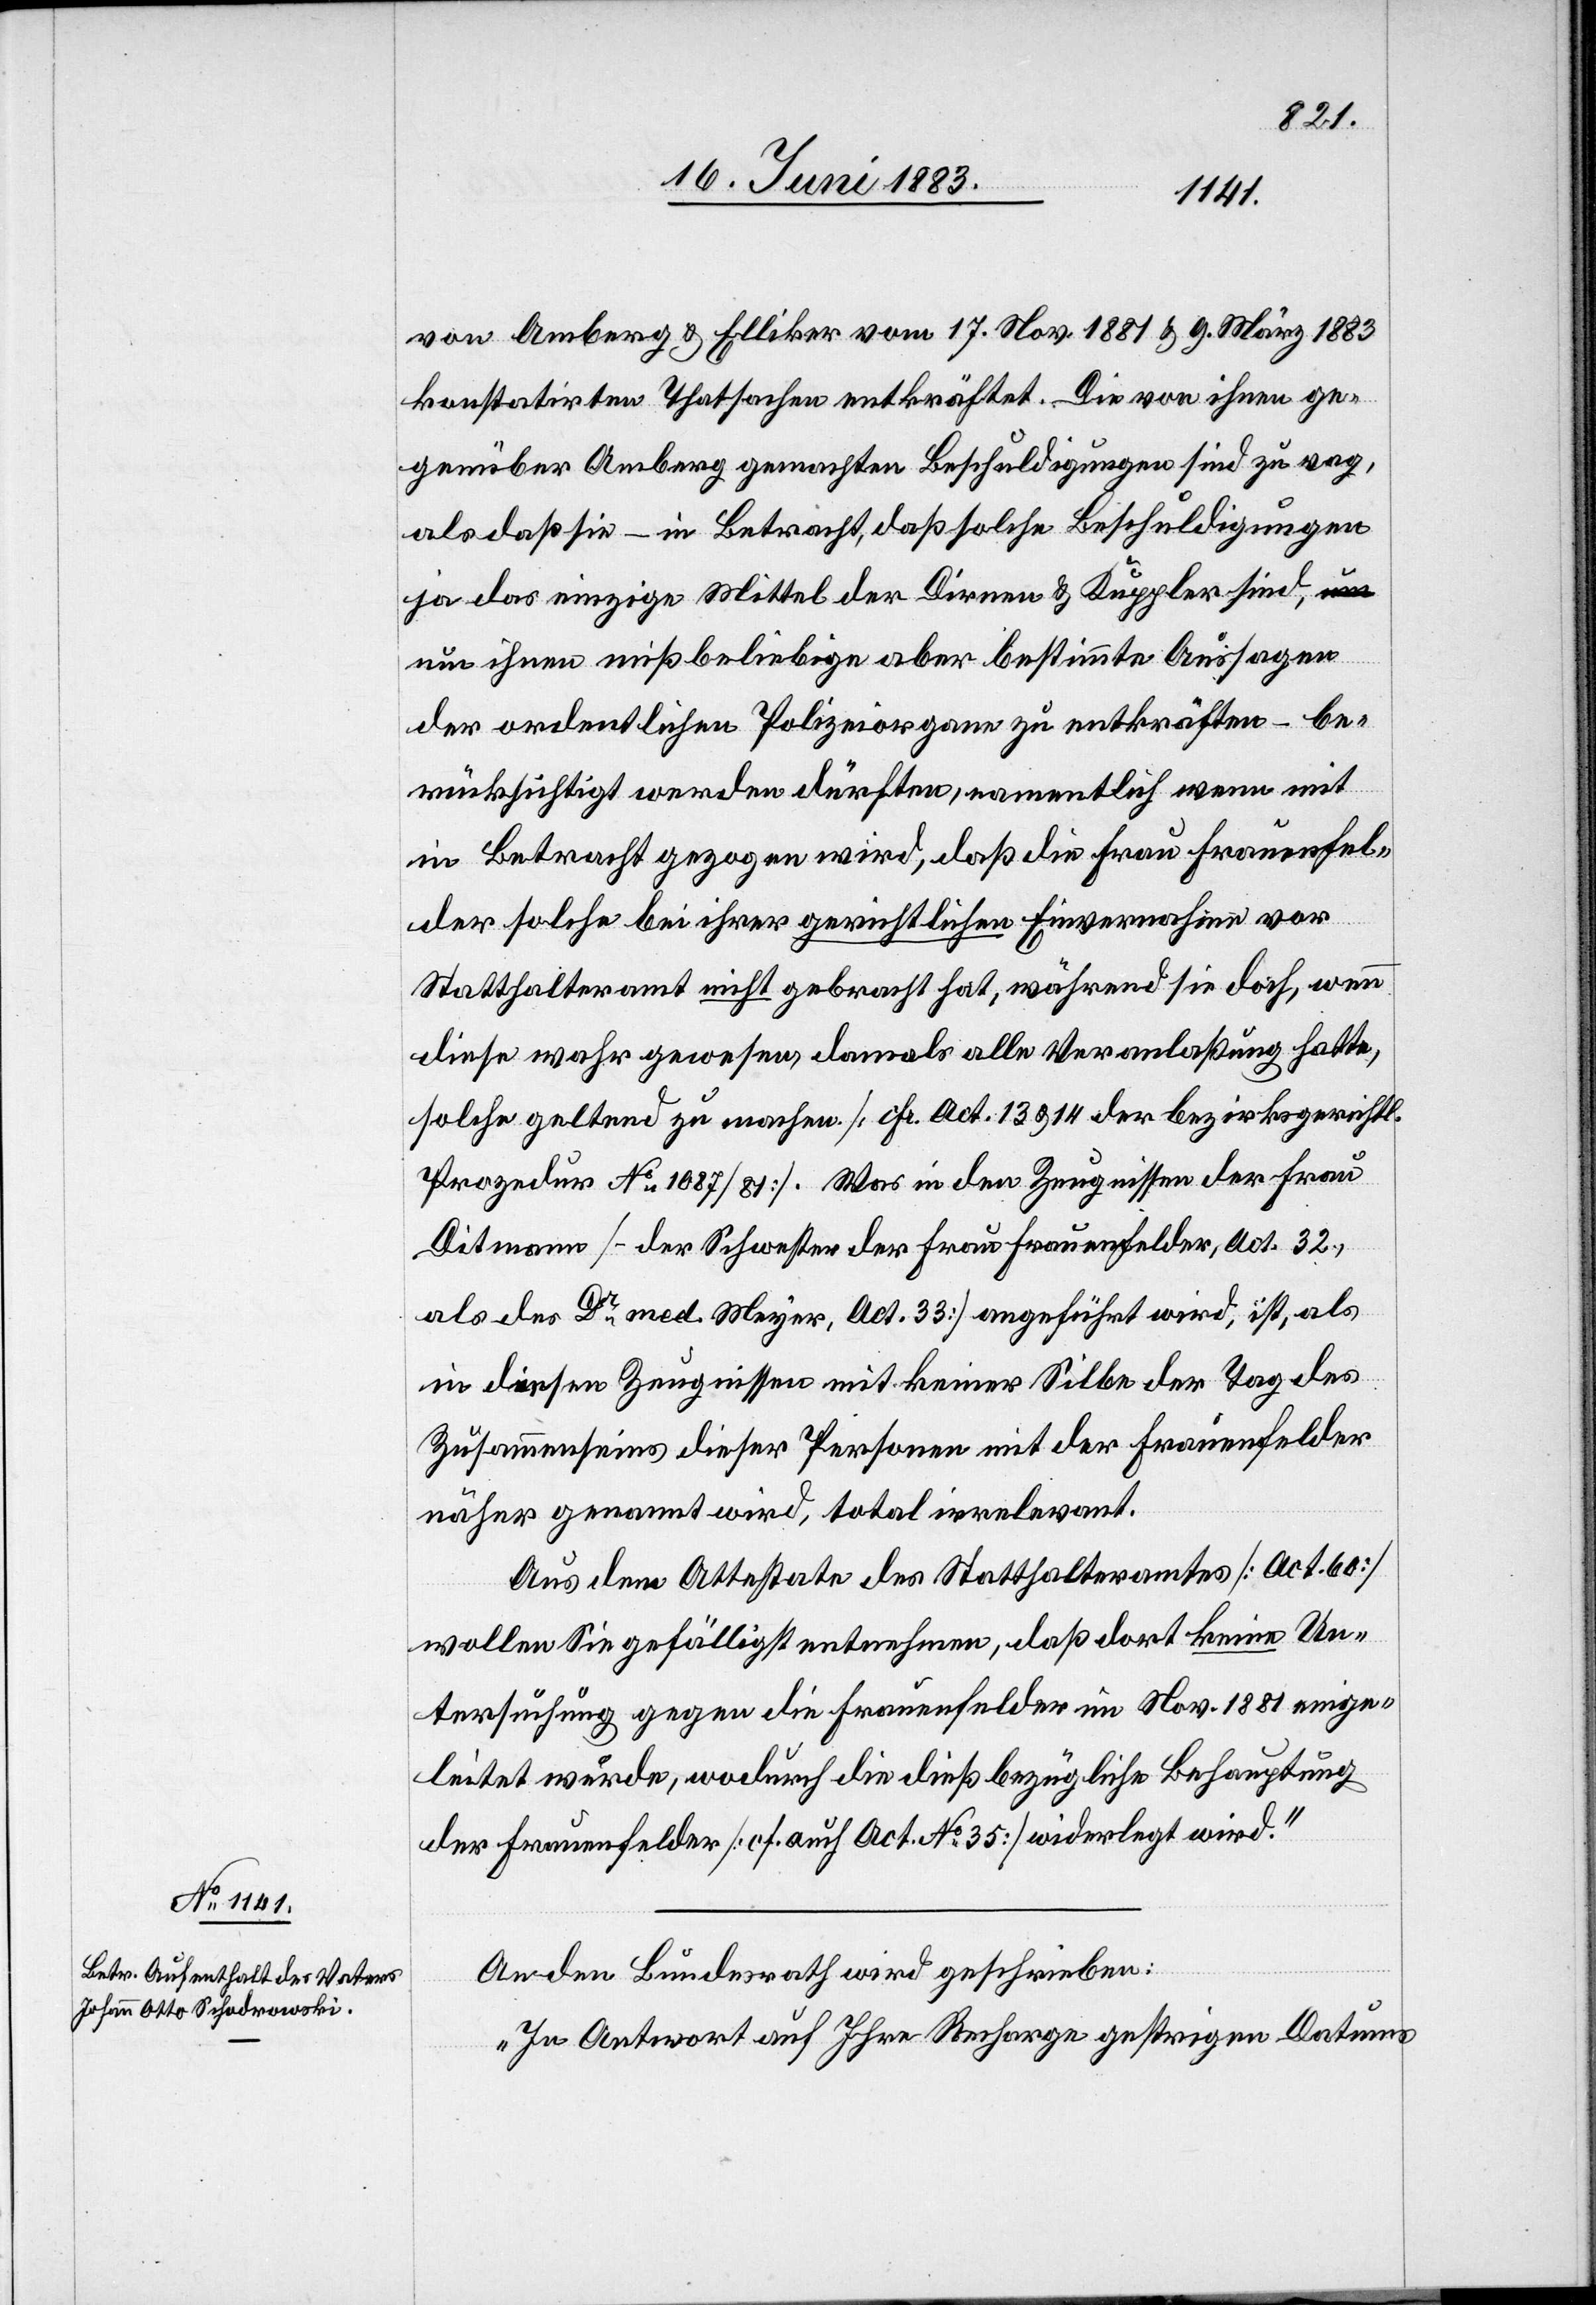
19. Juni 1883.]
von Amberg & Elliker vom 17. Nov. 1881 & 9. März 1883
konstatirten Thatsachen entkräftet. Die von ihnen ge¬
genüber Amberg gemachten Beschuldigungen sind zu vag,
als daß sie – in Betracht, daß solche Beschuldigungen
ja das einzige Mittel der Dirnen & Kuppler sind, n¬
un ihnen mißbeliebige aber bestimmte Aussagen
der ordentlichen Polizeiorgane zu entkräften – be¬
rücksichtigt werden dürften, namentlich wenn mit
in Betracht gezogen wird, daß die Frau Frauenfel¬
der solche bei ihrer gerichtlichen Einvernahme vor
Statthalteramt nicht gebracht hat, während sie doch, wenn
diese wahr gewesen, damals alle Veranlaßung hatte,
solche geltend zu machen [cf. Act. 13 & 14 der bezirksgerichtl.
Prozedur No 1087/81]. Was in den Zeugnissen der Frau
Ditmann [– der Schwester der Frau Frauenfelder, Act. 32,
als des Dr med. Meyer, Act. 33] angeführt wird, ist, als
in diesen Zeugnissen mit keiner Silbe der Tag des
Zusammenseins dieser Personen mit der Frauenfelder
näher genannt wird, total irrelevant.
Aus dem Attestate des Statthalteramtes [Act. 60]
wollen Sie gefälligst entnehmen, daß dort keine Un¬
tersuchung gegen die Frauenfelder im Nov. 1881 einge¬
leitet wurde, wodurch die dieß bezügliche Behauptung
der Frauenfelder [cf. auch Act. No 35] widerlegt wird.“
An den Bundesrath wird geschrieben:
„In Antwort auf Ihre Recharge gestrigen Datums